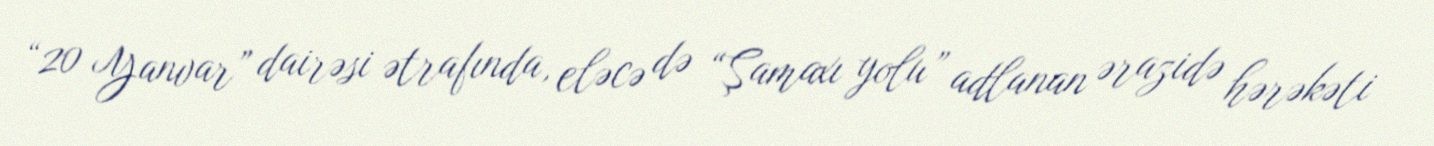
“20 Yanvar” dairəsi ətrafında, eləcə də “Şamaxı yolu” adlanan ərazidə hərəkəti